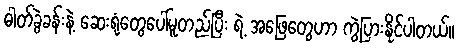
ဓါတ်ခွဲခန်းနဲ့ ဆေးရုံတွေပေါ်မူတည်ပြီး ရဲ့ အဖြေတွေဟာ ကွဲပြားနိုင်ပါတယ်။